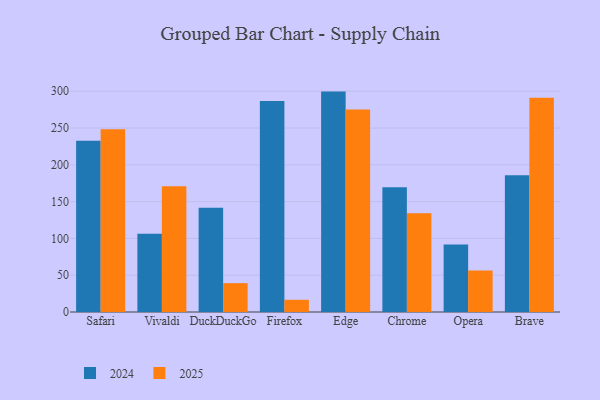
{"axis": {"x": "Browser", "y": "Satisfaction Score"}, "legend": ["2024", "2025"], "data": [{"x": "Safari", "y": 232.7, "type": "2024"}, {"x": "Safari", "y": 248.4, "type": "2025"}, {"x": "Vivaldi", "y": 106.3, "type": "2024"}, {"x": "Vivaldi", "y": 170.9, "type": "2025"}, {"x": "DuckDuckGo", "y": 141.8, "type": "2024"}, {"x": "DuckDuckGo", "y": 39.2, "type": "2025"}, {"x": "Firefox", "y": 286.6, "type": "2024"}, {"x": "Firefox", "y": 16.6, "type": "2025"}, {"x": "Edge", "y": 299.5, "type": "2024"}, {"x": "Edge", "y": 275.2, "type": "2025"}, {"x": "Chrome", "y": 169.6, "type": "2024"}, {"x": "Chrome", "y": 134.2, "type": "2025"}, {"x": "Opera", "y": 91.8, "type": "2024"}, {"x": "Opera", "y": 56.3, "type": "2025"}, {"x": "Brave", "y": 185.7, "type": "2024"}, {"x": "Brave", "y": 291.1, "type": "2025"}]}